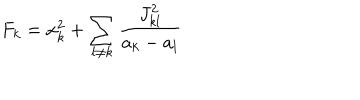
F _ { k } = x _ { k } ^ { 2 } + \sum _ { l \neq k } { \frac { J _ { k l } ^ { 2 } } { a _ { k } - a _ { l } } }